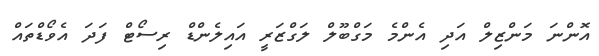
އޮންނަ މަންޒިލް އަދި އެންމެ މަގްބޫލް ލަގްޒަރީ އައިލެންޑް ރިސޯޓް ފަދަ އެވޯޑްތައް